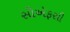
સીએફસી